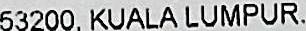
53200, KUALA LUMPUR,